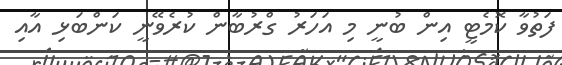
ފަތުވާ ކޮމެޓީ އިން ބުނީ މި އަހަރު ގްރުބާން ކުރެވޭނީ ކަންބަޅި އާއި